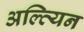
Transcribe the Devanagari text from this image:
अल्त्यिन